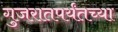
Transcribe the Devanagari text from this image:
गुजरातपर्यंतच्या